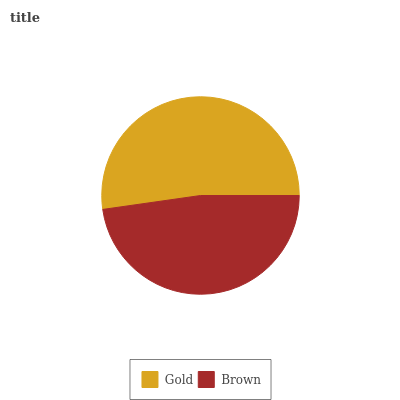
| Gold | Brown |
 | --- | --- |
 | 52.2% | 47.8% |